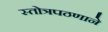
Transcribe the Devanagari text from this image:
स्तोत्रपठणाने